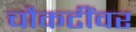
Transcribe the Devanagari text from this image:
चौकटींवर